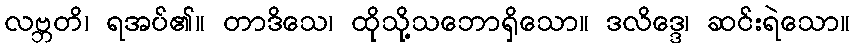
လဗ္ဘတိ၊ ရအပ်၏။ တာဒိသေ၊ ထိုသို့သဘောရှိသော။ ဒလိဒ္ဒေ၊ ဆင်းရဲသော။